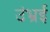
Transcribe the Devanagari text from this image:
उंभ्रई